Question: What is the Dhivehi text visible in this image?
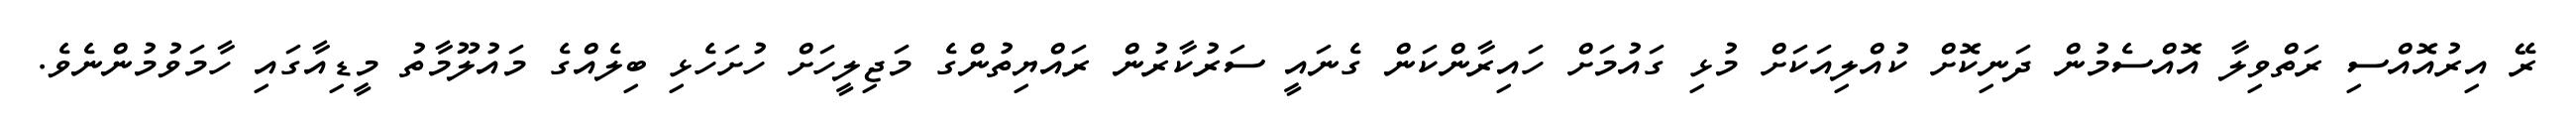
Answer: ރޭ އިރުއޮއްސި ރަތްވިލާ އޮއްސެމުން ދަނިކޮށް ކުއްލިއަކަށް މުޅި ގައުމަށް ހައިރާންކަން ގެނައީ ސަރުކާރުން ރައްޔިތުންގެ މަޖިލީހަށް ހުށަހެޅި ބިލެއްގެ މައުލޫމާތު މީޑިއާގައި ހާމަވުމުންނެވެ.